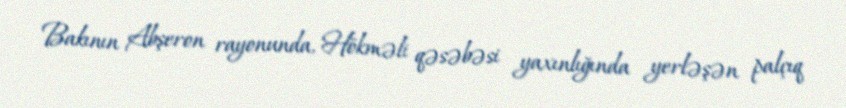
Bakının Abşeron rayonunda, Hökməli qəsəbəsi yaxınlığında yerləşən palçıq